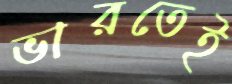
ভারতেই